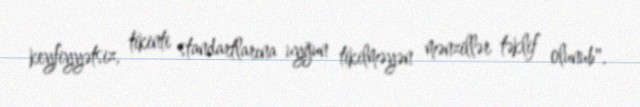
keyfiyyətsiz, tikinti standartlarına uyğun tikilməyən mənzillər təklif olunub".